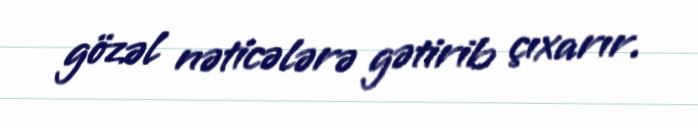
gözəl nəticələrə gətirib çıxarır.